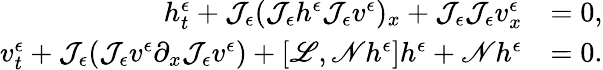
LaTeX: \begin{array}{rl}{h_{t}^{\epsilon}+\mathcal{J}_{\epsilon}(\mathcal{J}_{\epsilon}h^{\epsilon}\mathcal{J}_{\epsilon}v^{\epsilon})_{x}+\mathcal{J}_{\epsilon}\mathcal{J}_{\epsilon}v_{x}^{\epsilon}}&{=0,}\\ {v_{t}^{\epsilon}+\mathcal{J}_{\epsilon}(\mathcal{J}_{\epsilon}v^{\epsilon}\partial_{x}\mathcal{J}_{\epsilon}v^{\epsilon})+\left[\mathscr{L},\mathscr{N}h^{\epsilon}\right]h^{\epsilon}+\mathscr{N}h^{\epsilon}}&{=0.}\end{array}